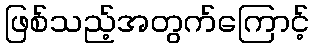
ဖြစ်သည့်အတွက်ကြောင့်